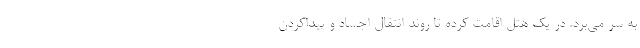
به سر می‌برد. در یک هتل اقامت کرده تا روند انتقال اجساد و پیداکردن